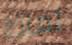
لماذا